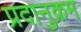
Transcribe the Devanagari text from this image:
प्रदानुक्रम